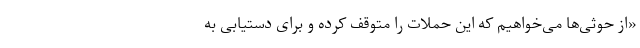
«از حوثی‌ها می‌خواهیم که این حملات را متوقف کرده و برای دستیابی به